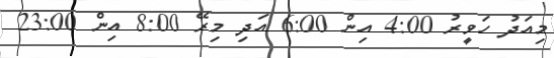
މިއަދު ހަވީރު 4:00 އިން 6:00 އަދި މިރޭ 8:00 އިން 23:00